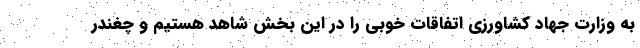
به وزارت جهاد کشاورزی اتفاقات خوبی را در این بخش شاهد هستیم و چغندر